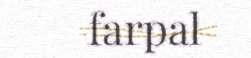
farpal